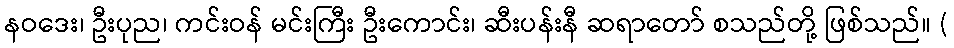
နဝဒေး၊ ဦးပုည၊ ကင်းဝန် မင်းကြီး ဦးကောင်း၊ ဆီးပန်းနီ ဆရာတော် စသည်တို့ ဖြစ်သည်။ (